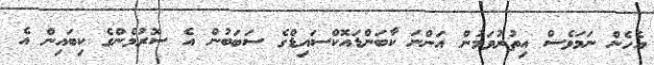
އެހެން ނަމަވެސް އިތުރުވަމުން އަންނަ ކާބަންޑައޮކްސައިޑްގެ ސަބަބުން އެ ސޮރުމެންގެ ކިބައިން އެ